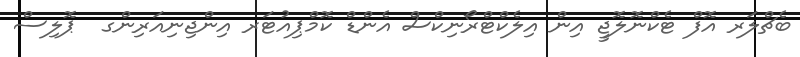
ބެޗްލަރ އޮފް ޓެކްނޮލޮޖީ އިން އިލެކްޓްރޯނިކްސް އެންޑް ކޮމްޕިއުޓަރ އިންޖިނިއަރިންގ  ޕޮލިސް